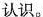
认识。